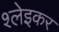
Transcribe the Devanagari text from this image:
श्लेइकर